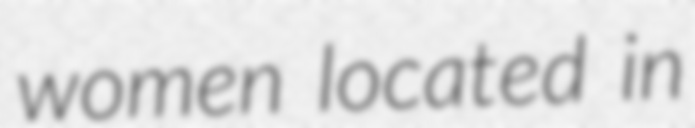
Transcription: women located in